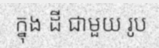
ក្នុង ដី ជាមួយ រូប